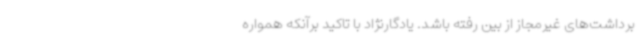
برداشت‌های غیرمجاز از بین رفته باشد. یادگارنژاد با تاکید برآنکه همواره